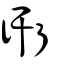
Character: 衎